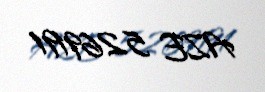
AZE 5269191